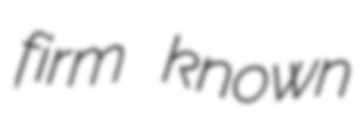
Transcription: firm known